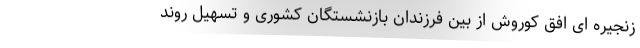
زنجیره ای افق کوروش از بین فرزندان بازنشستگان کشوری و تسهیل روند